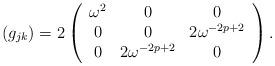
LaTeX: \begin{align*}(g_{jk}) = 2 \left( \begin{array}{ccc}\omega^2 & 0 & 0 \\0& 0 & 2\omega^{-2p+2}\\0 & 2\omega^{-2p+2} & 0 \end{array} \right). \end{align*}